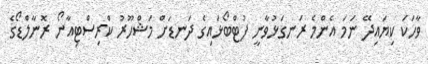
ވާހަކަ ކިޔައިދޭ ނަމަ އެންމެ ރަނގަޅުވާނީ ފުޓްބޯޅައިގެ ދަނޑަށް މަޝްހޫރު ކްރިސްޓިއާނޯ ރޮނާލްޑޯގެ